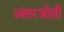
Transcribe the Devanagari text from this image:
अंतरजोती